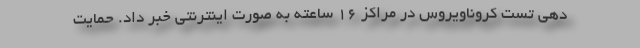
دهی تست کروناویروس در مراکز ۱۶ ساعته به صورت اینترنتی خبر داد. حمایت